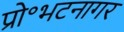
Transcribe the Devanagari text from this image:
प्रो॰भटनागर